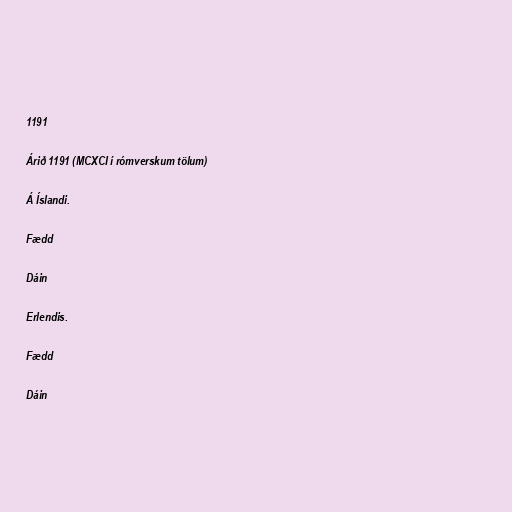
1191

Árið 1191 (MCXCI í rómverskum tölum)

Á Íslandi.

Fædd

Dáin

Erlendis.

Fædd

Dáin